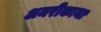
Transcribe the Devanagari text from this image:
अमरीकाना